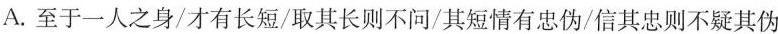
A.至于一人之身/才有长短/取其长则不问/其短情有忠伪/信其忠则不疑其伪